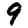
Digit: 9